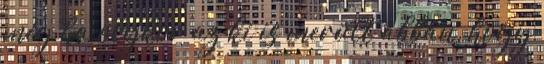
még ha olykor az ki is merült abban, hogy